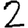
Digit: 2